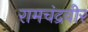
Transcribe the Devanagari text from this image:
रामचंद्रवीर